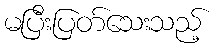
မပြီးပြတ်သေးသည့်